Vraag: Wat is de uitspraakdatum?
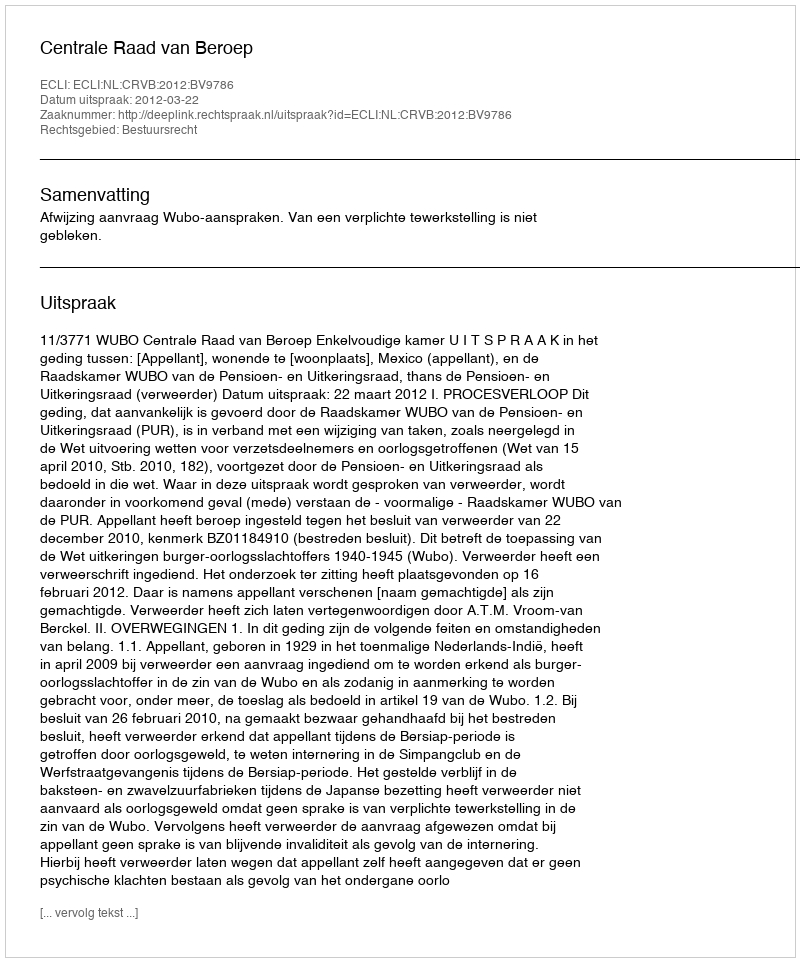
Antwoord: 2012-03-22